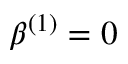
\beta ^ { ( 1 ) } = 0